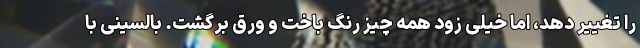
را تغییر دهد، اما خیلی زود همه چیز رنگ باخت و ورق برگشت. بالسینی با